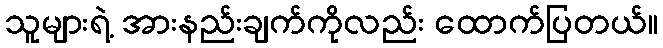
သူများရဲ့ အားနည်းချက်ကိုလည်း ထောက်ပြတယ်။